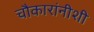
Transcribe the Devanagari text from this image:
चौकारांनीशी